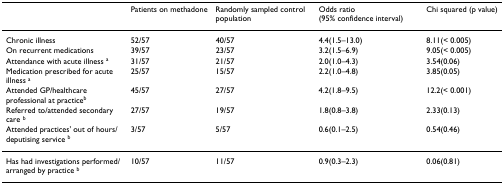
|  | Patients on methadone | Randomly sampled control population | Odds ratio (95% confidence interval) | Chi squared (p value) |
 | --- | --- | --- | --- | --- |
 | Chronic illness | 52/57 | 40/57 | 4.4(1.5–13.0) | 8.11(< 0.005) |
 | On recurrent medications | 39/57 | 23/57 | 3.2(1.5–6.9) | 9.05(< 0.005) |
 | Attendance with acute illness a | 31/57 | 21/57 | 2.0(1.0–4.3) | 3.54(0.06) |
 | Medication prescribed for acute illness a | 25/57 | 15/57 | 2.2(1.0–4.8) | 3.85(0.05) |
 | Attended GP/healthcare professional at practiceb | 45/57 | 27/57 | 4.2(1.8–9.5) | 12.2(< 0.001) |
 | Referred to/attended secondary care b | 27/57 | 19/57 | 1.8(0.8–3.8) | 2.33(0.13) |
 | Attended practices' out of hours/deputising service b | 3/57 | 5/57 | 0.6(0.1–2.5) | 0.54(0.46) |
 | Has had investigations performed/arranged by practice b | 10/57 | 11/57 | 0.9(0.3–2.3) | 0.06(0.81) |